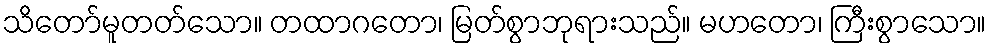
သိတော်မူတတ်သော။ တထာဂတော၊ မြတ်စွာဘုရားသည်။ မဟတော၊ ကြီးစွာသော။